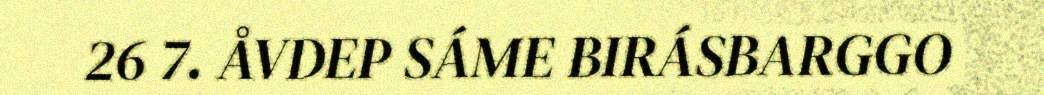
26 7. ÅVDEP SÁME BIRÁSBARGGO